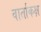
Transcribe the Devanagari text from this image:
वार्ताकक्ष